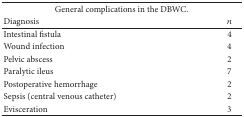
| <COLSPAN=2> General complications in the DBWC. |
 | Diagnosis | n |
 | --- | --- |
 | Intestinal fistula | 4 |
 | Wound infection | 4 |
 | Pelvic abscess | 2 |
 | Paralytic ileus | 7 |
 | Postoperative hemorrhage | 2 |
 | Sepsis (central venous catheter) | 2 |
 | Evisceration | 3 |